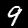
Label: 9